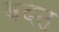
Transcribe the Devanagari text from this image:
बदत